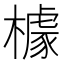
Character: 㯫